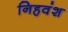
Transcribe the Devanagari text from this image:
निहवंश